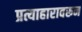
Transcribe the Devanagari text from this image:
प्रत्याहारावरून